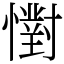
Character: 㦠